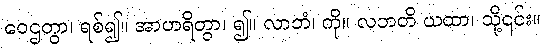
ဝေဌတွာ၊ ရစ်၍။ အာဟရိတွာ၊ ၍။ လာဘံ၊ ကို။ လဘတိ ယထာ၊ သို့၎င်း။